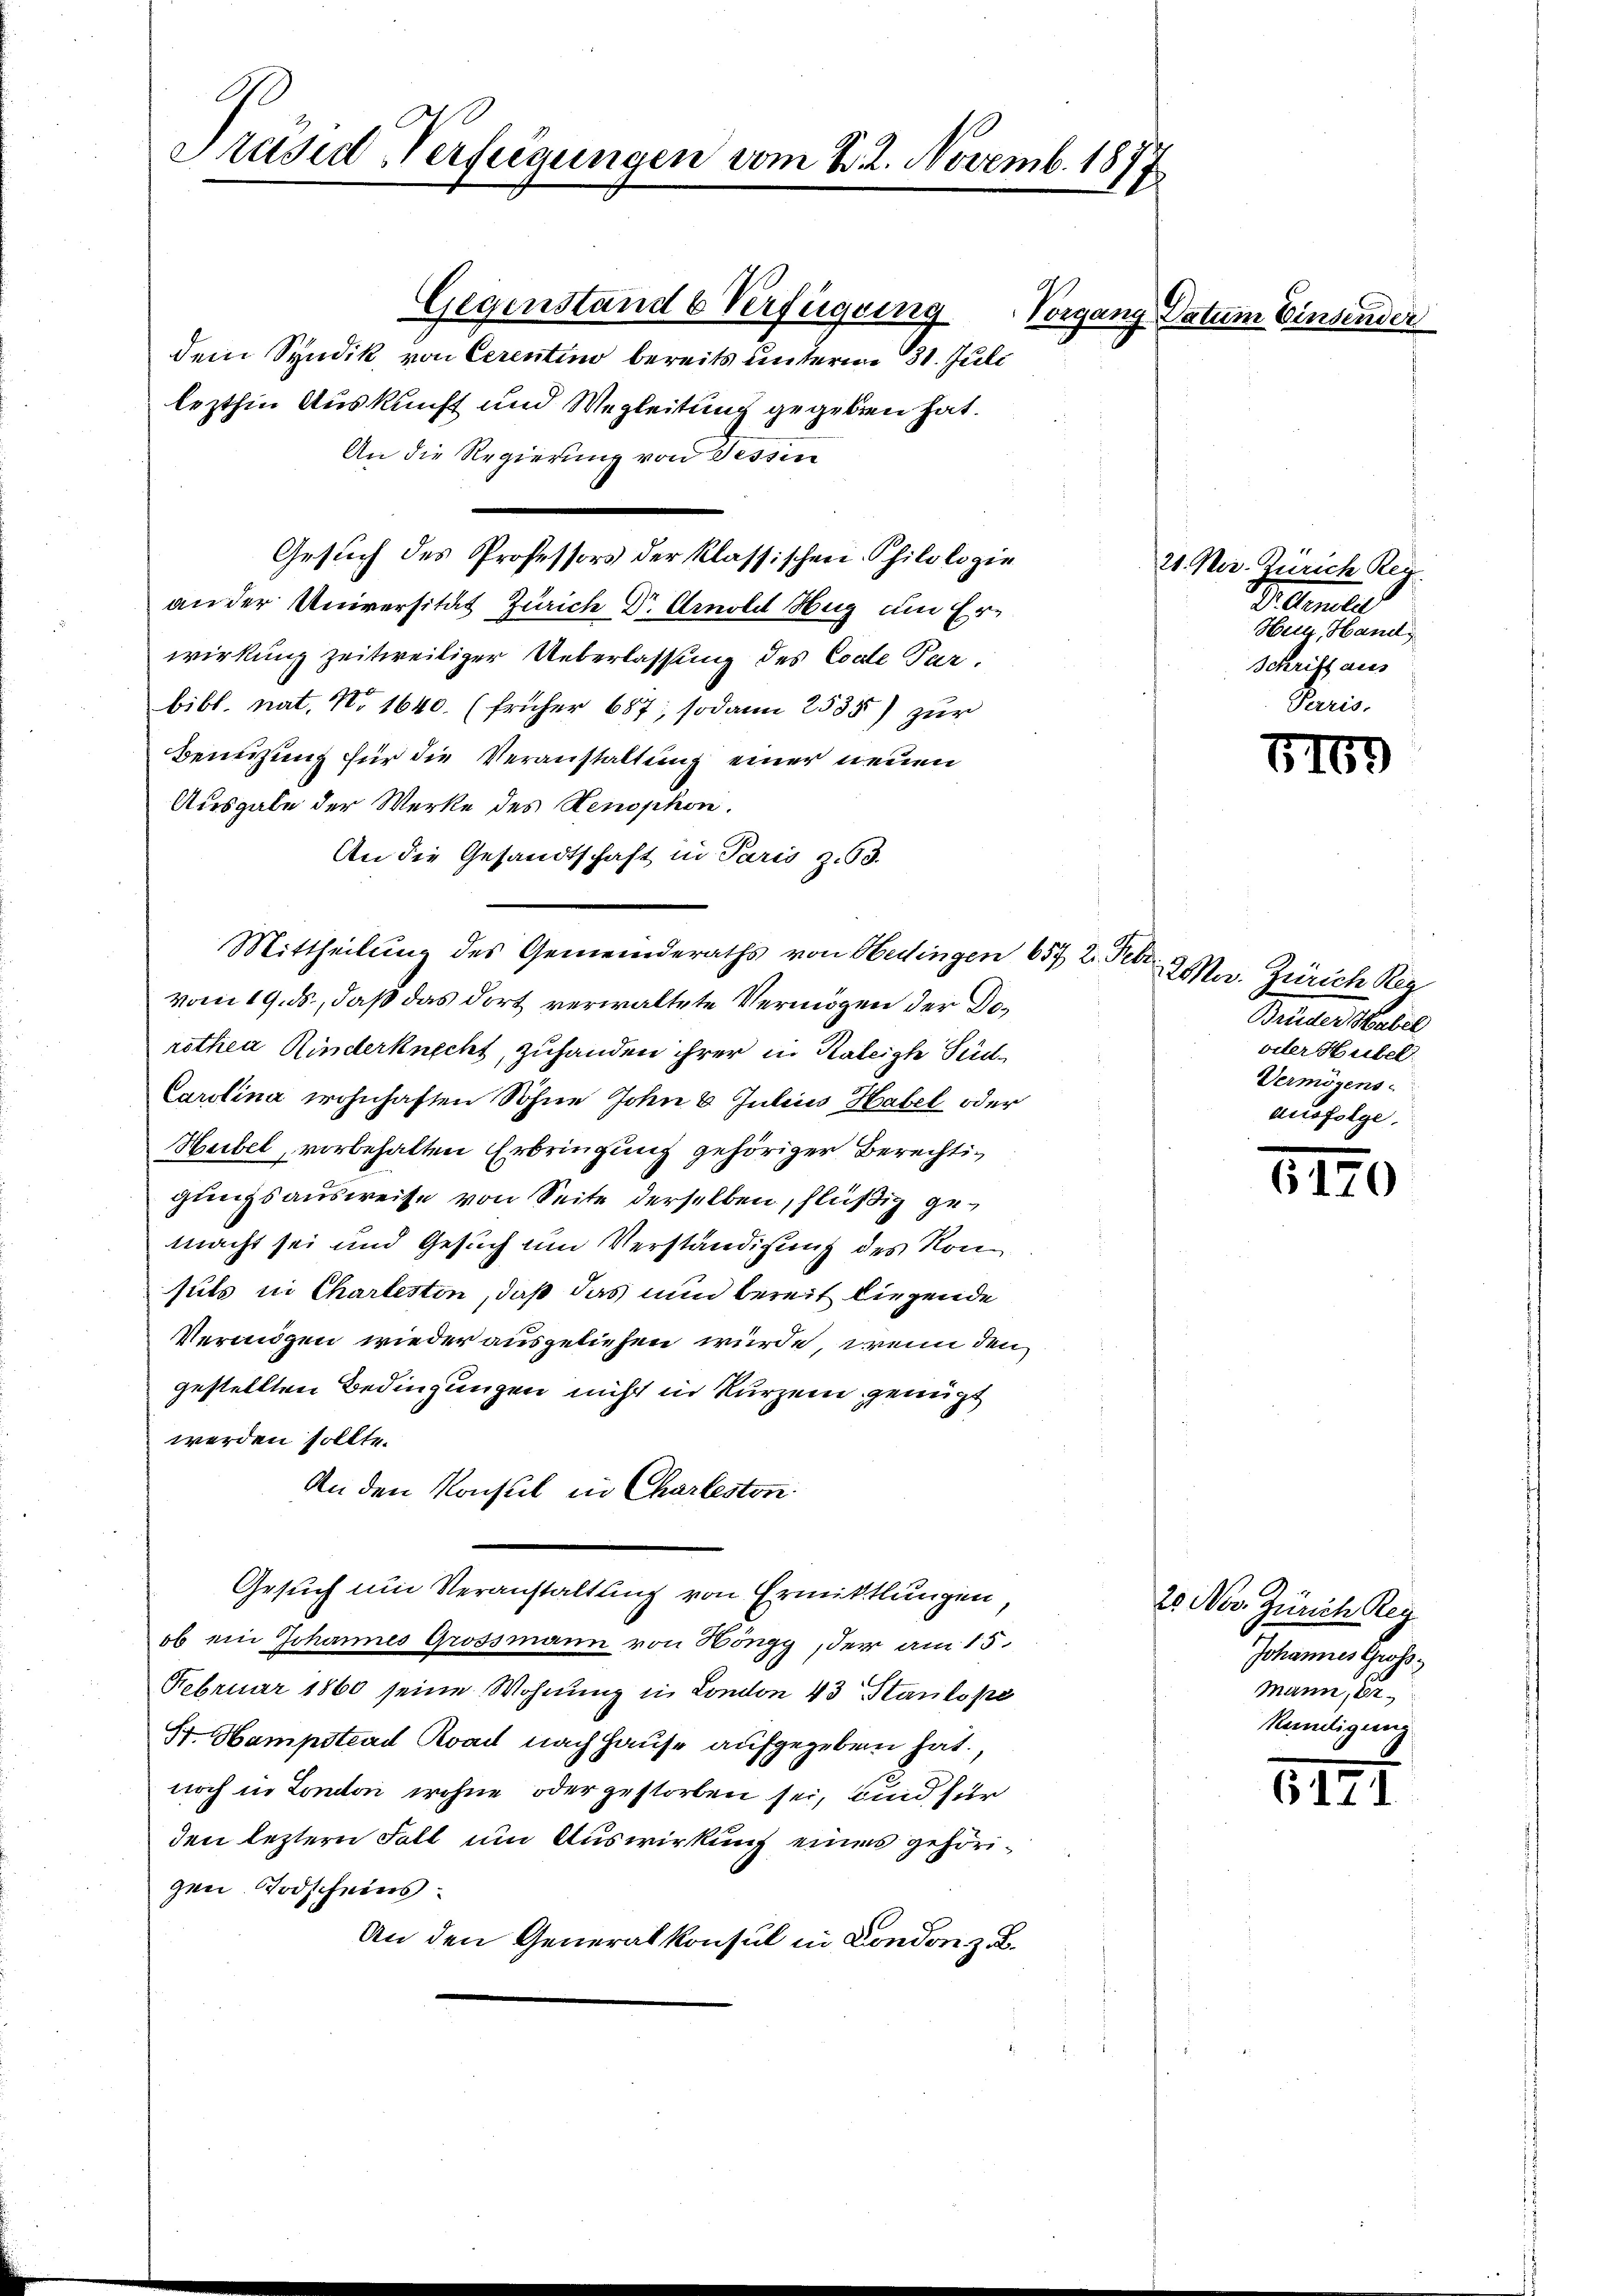
Präsid Verfügungen vom 1. 2. Novemb. 1877

Gegenstand b Verfügung
dem Syndik von Cerentino bereits unterm 31. Juli
lezthin Auskunft und Wegleitung gegeben hat.
An die Regierung von Sessen
Gesuch des Professors der klassischen Philologie
an der Universität Zürich Dr. Arnoldl Hug um Erwirkung zeitweiliger Ueberlassung des Code Parbibl. nat. No 1640. (früher 687; sodann 2535) zur
Benuzung für die Veranstaltung einer neuen
Ausgabe der Werke des Senophon.
An die Gesandtschaft in Paris zu 3.
Mittheilung des Gemeinderaths von Hedingen 657 2. Febr.
vom 19. ds., daß das dort verwaltete Vermögen der Dorothen Kinderknecht, zuhanden ihrer in Rateigte Süd¬
Carolina wohnhaften Sohne John 6 Julius Habel oder
Haibel, vorbehalten Erbringung gehöriger Berechtigungsausweise von Seite derselben, flüßig gemacht sei und Gesuch um Verständigung des von
suls in Chartesten, daß das nun bereit liegende
Vermigen wieder ausgeliehen wurde, wenn den
gestellten Bedingungen nicht in kurzem genügt
werden sollte.
An den Konsul in Charleston
Gesuch um Veranstaltung von Ermittlungen
ob ein Johannes Grossmann von Höngg, der am 15.
Februar 1860 seine Wohnung in London 43 Stankope
St. Hampstead Road nach Hause aufgegeben hat.
noch in London wohne oder gestorben sei, und für
den leztern Fall um Auswirkung eines gehörigen Todscheins.
An den Generalkonsul in London z. B.

Vorgang Datum Einsender

21. Mar. Zürich Reg
Prtember
Heu, Hand
Schrift aus
Perris.

7169

er. Zürich Reg
Breiter Matil
oder Huber
Vermögens
ausfolge,

6170

20 Nov. Zürich Reg
Johannes Gross
Mann, 22.
Kenntigung.

212

.